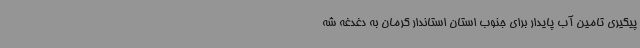
پیگیری تامین آب پایدار برای جنوب استان استاندار کرمان به دغدغه شه